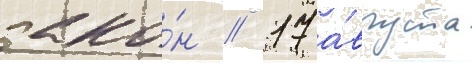
зако́н // 17 а́вгуста